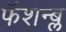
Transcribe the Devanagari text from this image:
फॅशन्ब्ल